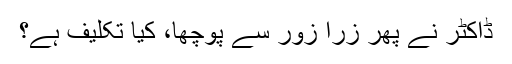
ڈاکٹر نے پھر زرا زور سے پوچھا، کیا تکلیف ہے؟